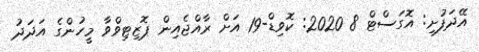
އޭދަފުށި: އޮގަސްޓް 8 2020: ކޮވިޑް-19 އަށް ރާއްޖެއިން ޕޮޒިޓިވްވާ މީހުންގެ އަދަދު